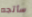
سأتجه